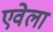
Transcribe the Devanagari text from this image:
एवेला